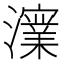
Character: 𭳪